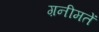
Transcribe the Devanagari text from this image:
ग़नीमतें